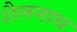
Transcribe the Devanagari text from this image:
शैलनाथ